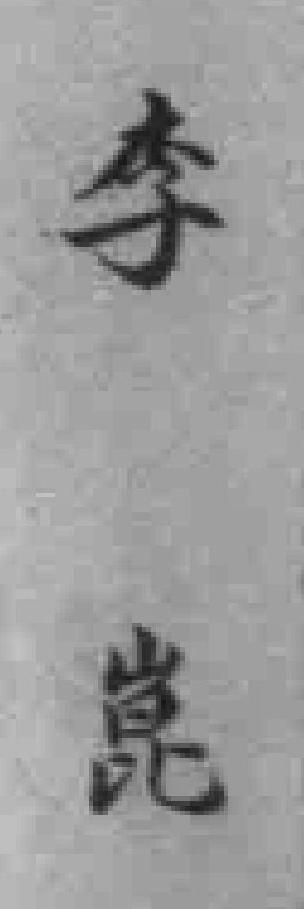
李崑